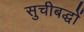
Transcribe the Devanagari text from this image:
सुचीबद्धों